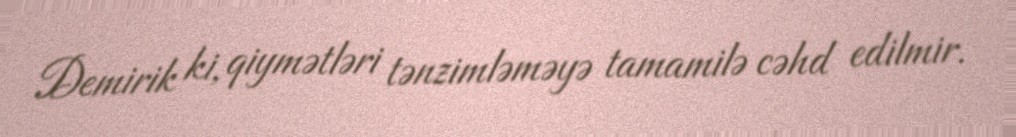
Demirik ki, qiymətləri tənzimləməyə tamamilə cəhd edilmir.